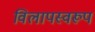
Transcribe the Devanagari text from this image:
विलापस्वरूप